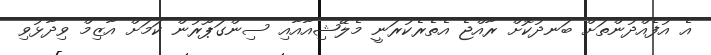
އެ އުފެއްދުންތަށް ބަނދުކޮށް ރާއްޖެ އެތެރެކުރަނީ މެލޭޝިއާއާއި ސިންގަޕޫރުން ކަމަށް އާޒިމް ވިދާޅުވި